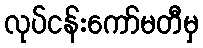
လုပ်ငန်းကော်မတီမှ